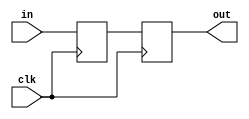
`timescale 1ns / 1ps
//////////////////////////////////////////////////////////////////////////////////
// Company: 
// Engineer: 
// 
// Design Name: 
// Module Name: switch_inp_sync
// Project Name: 
// Target Devices: 
// Tool Versions: 
// Description: 
// 
// Dependencies: 
// 
// Revision:
// Revision 0.01 - File Created
// Additional Comments:
// 
//////////////////////////////////////////////////////////////////////////////////


module switch_inp_sync #(parameter BIT_W = 7)
                        ( input clk, 
                          input [BIT_W-1:0] in, 
                          output reg [BIT_W-1:0] out
                         );

reg [BIT_W-1:0] temp; 

always @(posedge clk) begin
    temp <= in;
    out <= temp;
end

endmodule